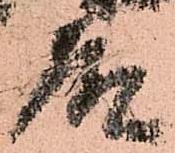
殿